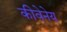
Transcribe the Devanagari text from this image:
कीवेनेय